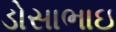
ડોસાભાઇ